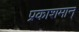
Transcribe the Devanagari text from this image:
प्रकाशमान्‌